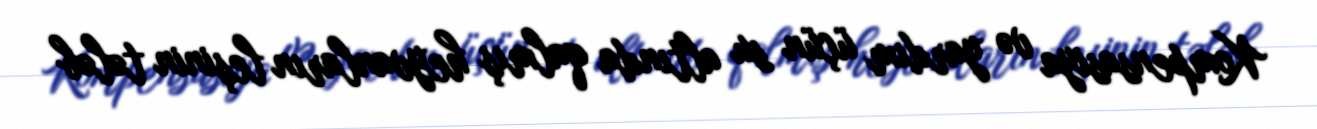
Kompensasiya və yardım üçün su altında qalmış heyvanların leşinin tələb